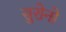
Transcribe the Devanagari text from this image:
सुरोनो